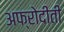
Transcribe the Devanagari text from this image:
अफ्रोदीती